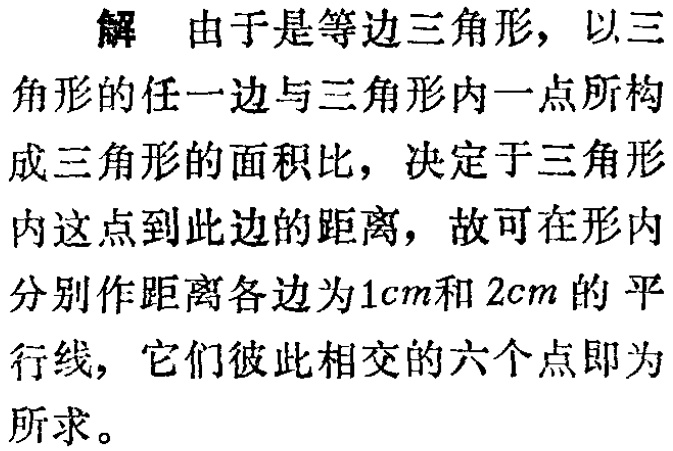
解 由于是等边三角形，以三角形的任一边与三角形内一点所构成三角形的面积比，决定于三角形内这点到此边的距离，故可在形内分别作距离各边为\(1cm\)和\(2cm\)的平行线，它们彼此相交的六个点即为所求。